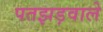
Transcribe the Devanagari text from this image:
पतझड़वाले